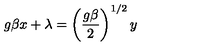
g \beta x + \lambda = \left( { \frac { g \beta } 2 } \right) ^ { 1 / 2 } y